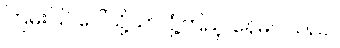
ကြမ်းပြင်ပေါ်သို့သာ ငုံ့ကြည့် နေမိပါသည်။